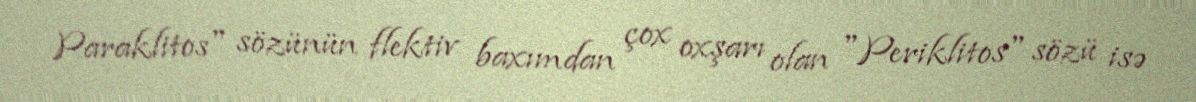
Paraklitos" sözünün flektiv baxımdan çox oxşarı olan "Periklitos" sözü isə